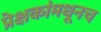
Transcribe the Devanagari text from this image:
प्रेक्षकांमधूनच